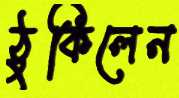
ঠুকিলেন